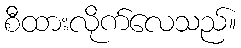
စီထားလိုက်လေသည်။